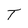
Character: T